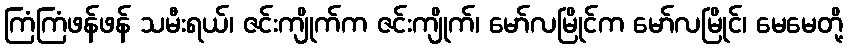
ကြံကြံဖန်ဖန် သမီးရယ်၊ ဇင်းကျိုက်က ဇင်းကျိုက်၊ မော်လမြိုင်က မော်လမြိုင်၊ မေမေတို့